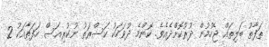
ތަފާތު ބަލިތައް ޖެހުމުން ދުރުކޮށްދެއެވެ. ކޮންމެ ދުވަހަކު ކަސްރަތު ނުކުރިއަސް ހަފަތާއަކު 2